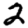
Digit: 2